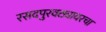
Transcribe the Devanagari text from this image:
रसदपुरवठ्यावरचा